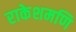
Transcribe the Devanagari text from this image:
राकेशमणि